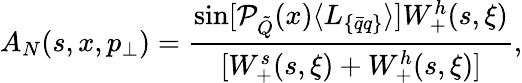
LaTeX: A_{N}(s,x,p_{\perp})=\frac{\sin[{\cal{P}}_{\tilde{Q}}(x)\langle L_{\{ \bar{q}q\} }\rangle]{W_{+}^{h}(s,\xi)}}{{[W_{+}^{s}(s,\xi)+W_{+}^{h}(s,\xi)]}},